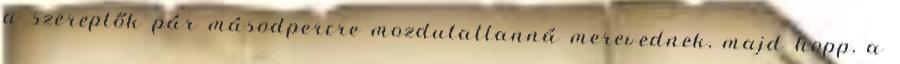
a szereplők pár másodpercre mozdulatlanná merevednek, majd hopp, a